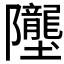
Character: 𲉥